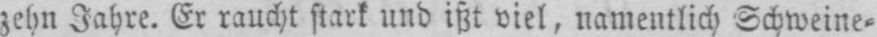
zehn Jahre. Er raucht stark und ißt viel, namentlich Schweine⸗